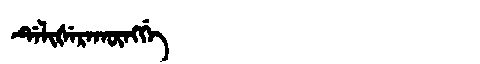
Manchu: ᡩᡝᠯᡳᡧᡝᡵᠠᡴᡡᠩᡤᡝ
Romanization: DELIŠERAKŪNGGE